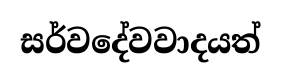
සර්වදේවවාදයත්